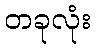
တခုလုံး